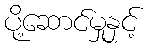
ပို့ဆောင်မှုနှင့်